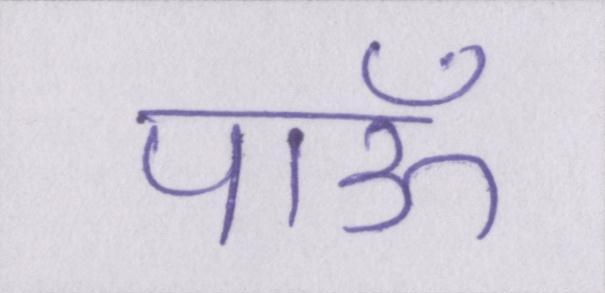
पाऊँ